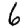
Digit: 6